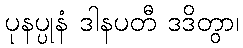
ပုနပ္ပုနံ ဒါနပတီ ဒဒိတွာ၊